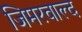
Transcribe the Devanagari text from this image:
जिमरवाल्द